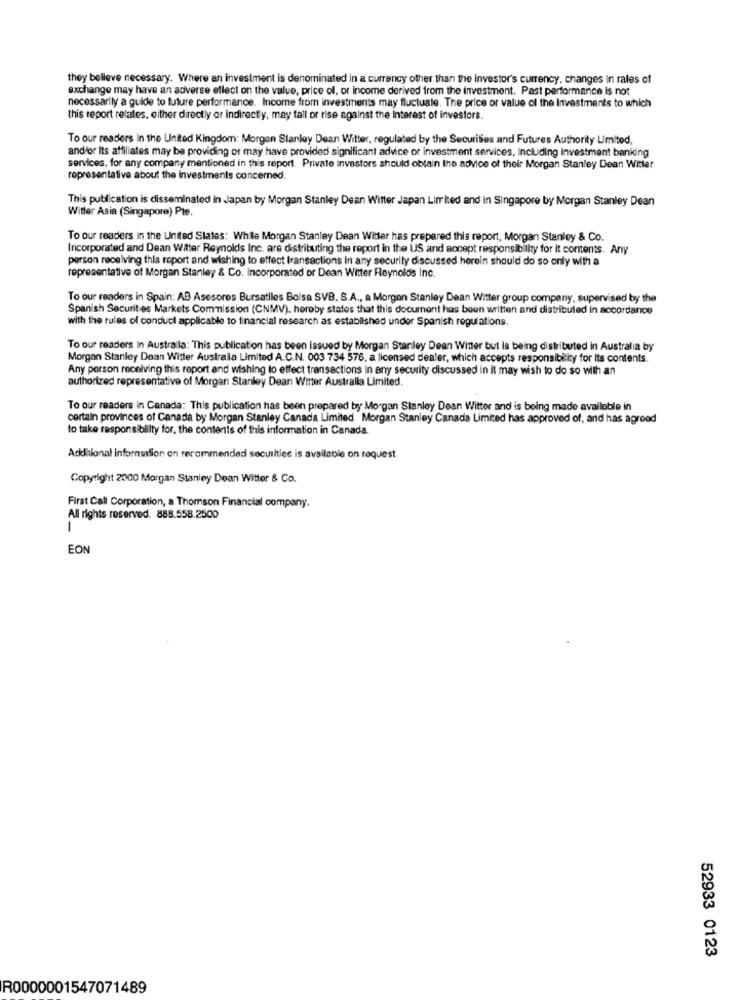
they belleve necessary. Where an investment is denominated in a currency other than the Investor's currency, changes In rales of
exchange may have an adverse ellecl on the value, price of, or income derived from the investment. Past performance Is not
necessarily a guide to future performance. Income from investments may fluctuate. The price or value of the Investments to which
this report relates, either directly or indirectly, may fall or rise against the interest of investors.
To our readers in the United Kingdom: Morgan Stanley Dean Witter, regulated by the Securities and Futures Authority Limited,
and/or Its affiliates may be providing or may have provided significant advice or investment services, Including investment banking
services, for any company mentioned in this report. Private investors should oblain the advice of their Morgan Stanley Dean Witter
representative about the investments concerned.
This publication is disseminated in Japan by Morgan Stanley Dean Witter Japan Limited and In Singapore by Morgan Stanley Dean
Witter Asia (Singapore) Pte.
To our readers in the United States: While Morgan Stanley Dean Witter has prepared this report, Morgan Stanley & Co.
Incorporated and Dean Witter Reynolds Inc. are distributing the report in the US and accept responsibility for it contents. Any
person receiving this report and wishing to effect transactions In any security discussed herein should do so only with a
representative of Morgan Stanley & Co. Incorporated or Dean Witter Reynolds Inc.
To our readers in Spain: AB Asesores Bursatiles Bolsa SVB. S.A ., a Morgan Stanley Dean Witter group company, supervised by the
Spanish Securities Markets Commission (CNMV). horoby states that this document has been written and distributed in accordance
with the rules of conduct applicable to financial research as established undor Spanish regulations.
To our readers In Australla: This publication has been issued by Morgan Stanley Dean Winter but is being distributed in Australia by
Morgan Stanley Dean Witter Australia Limited A.C.N. 003 734 576, a licensed dealer, which accepts responsibility for Its contents.
Any person receiving this report and wishing to effect transactions In any security discussed in it may wish to do so with an
authorized representative of Morgan Stanley Dean Witter Australia Limited.
To our readers in Canada: This publication has been prepared by Morgan Stanley Dean Witter and is being made available in
certain provinces of Canada by Morgan Stanley Canada Limited. Morgan Stanley Canada Limited has approved of, and has agreed
to take responsiblilty for, the contents of this information in Canada.
Addhional information on recommended securities is available on request.
Copyright 2000 Morgan Stanley Dean Witter & Co.
First Call Corporation, a Thomson Financial company.
All rights reserved. 888.558.2500
1
EON
52933 0123
R0000001547071489